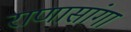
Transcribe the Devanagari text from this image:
राणासांगा